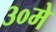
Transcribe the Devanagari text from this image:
३०मे